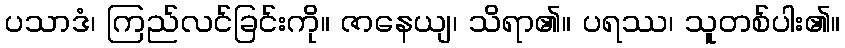
ပသာဒံ၊ ကြည်လင်ခြင်းကို။ ဇာနေယျ၊ သိရာ၏။ ပရဿ၊ သူတစ်ပါး၏။